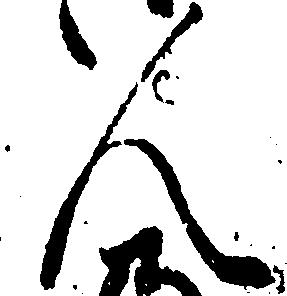
人